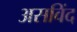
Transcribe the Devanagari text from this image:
असविंद